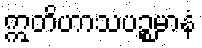
ဣတိဟာသပဉ္စမာနံ